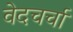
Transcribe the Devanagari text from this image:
वेदचर्चा